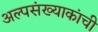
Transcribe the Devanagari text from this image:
अल्पसंख्याकांची